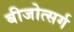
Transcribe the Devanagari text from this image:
बीजोत्सर्ग